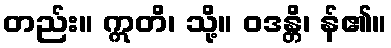
တည်း။ ဣတိ၊ သို့။ ဝဒန္တိ၊ န်၏။